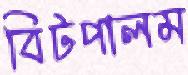
বিটপালম